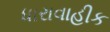
ધારાવાહીક